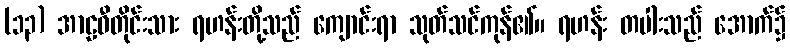
(၁၃) အာဠဝီတိုင်းသား ရဟန်းတို့သည် ကျောင်းရာ သုတ်သင်ကုန်၏။ ရဟန်း တပါးသည် အောက်၌